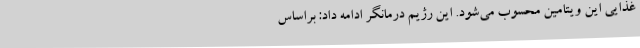
غذایی این ویتامین محسوب می‌شود. این رژیم درمانگر ادامه داد: براساس